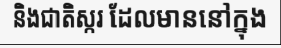
និងជាតិស្ករ ដែលមាននៅក្នុង